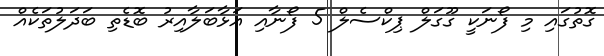
ގޮތުގައި މި ފޯނަކީ ގޫގަލް ޕިކްސެލް 5 ފޯނާއި އަޅާބަލާއިރު ބޮޑެތި ބަދަލުތަކެއް